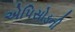
એપિસોડની